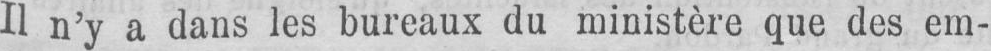
Il n’y a dans les bureaux du ministère que des em-